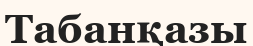
Табанқазы